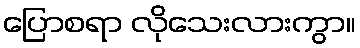
ပြောစရာ လိုသေးလားကွာ။